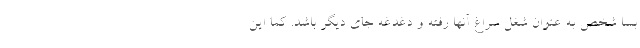
بسا شخص به عنوان شغل سراغ آنها رفته و دغدغه جای دیگر باشد. کما این